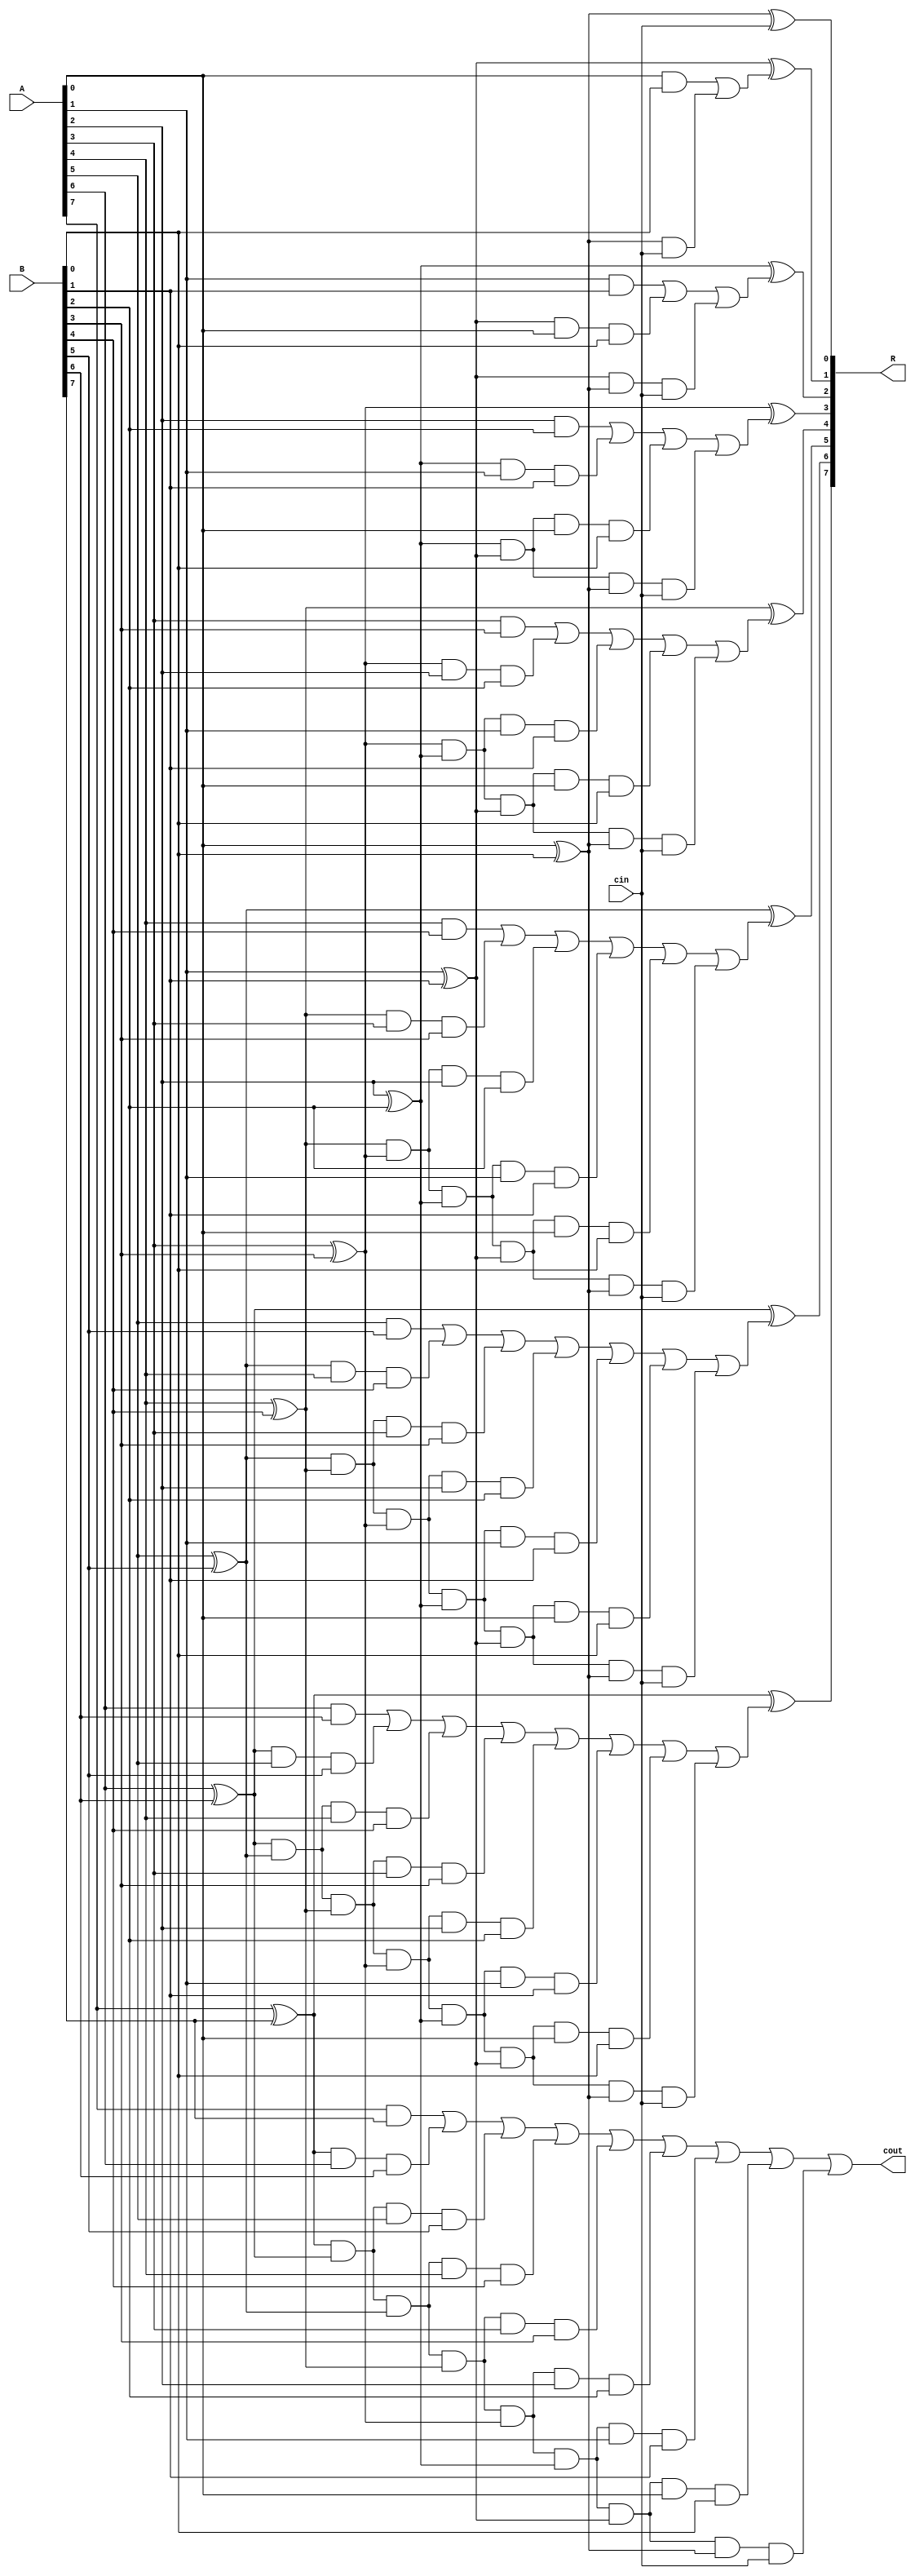
module alt_carry_look_ahead_adder_cin_8
(
input [7:0] A, B,
input cin,
output [7:0] R,
output cout
);
wire p0,  p1,  p2,  p3,  p4,  p5,  p6,  p7; 
wire c0,  c1,  c2,  c3,  c4,  c5,  c6,  c7, c8; 
wire [8:0] c_eight;
wire [7:0] c_seven;
wire [6:0] c_six;
wire [5:0] c_five;
wire [4:0] c_four;
wire [3:0] c_three;
wire [2:0] c_two;
wire [1:0] c_one;

assign p0 = A[0] ^ B[0];
assign p1 = A[1] ^ B[1];
assign p2 = A[2] ^ B[2];
assign p3 = A[3] ^ B[3];
assign p4 = A[4] ^ B[4];
assign p5 = A[5] ^ B[5];
assign p6 = A[6] ^ B[6];
assign p7 = A[7] ^ B[7];


and(c_one[0] , A[0] , B[0]); 
 and(c_one[1] , p0 , cin);
and(c_two[0] , A[1] , B[1]); 
 and(c_two[1] , p1 , A[0] , B[0]); 
 and(c_two[2] , p1 , p0 , cin);
and(c_three[0] , A[2] , B[2]); 
 and(c_three[1] , p2 , A[1] , B[1]); 
 and(c_three[2] , p2 , p1 , A[0] , B[0]); 
 and(c_three[3] , p2 , p1 , p0 , cin);
and(c_four[0] , A[3] , B[3]); 
 and(c_four[1] , p3 , A[2] , B[2]); 
 and(c_four[2] , p3 , p2 , A[1] , B[1]); 
 and(c_four[3] , p3 , p2 , p1 , A[0] , B[0]); 
 and(c_four[4] , p3 , p2 , p1 , p0 , cin);
and(c_five[0] , A[4] , B[4]); 
 and(c_five[1] , p4 , A[3] , B[3]); 
 and(c_five[2] , p4 , p3 , A[2] , B[2]); 
 and(c_five[3] , p4 , p3 , p2 , A[1] , B[1]); 
 and(c_five[4] , p4 , p3 , p2 , p1 , A[0] , B[0]); 
 and(c_five[5] , p4 , p3 , p2 , p1 , p0 , cin);
and(c_six[0] , A[5] , B[5]); 
 and(c_six[1] , p5 , A[4] , B[4]); 
 and(c_six[2] , p5 , p4 , A[3] , B[3]); 
 and(c_six[3] , p5 , p4 , p3 , A[2] , B[2]); 
 and(c_six[4] , p5 , p4 , p3 , p2 , A[1] , B[1]); 
 and(c_six[5] , p5 , p4 , p3 , p2 , p1 , A[0] , B[0]); 
 and(c_six[6] , p5 , p4 , p3 , p2 , p1 , p0 , cin);
and(c_seven[0] , A[6] , B[6]); 
 and(c_seven[1] , p6 , A[5] , B[5]); 
 and(c_seven[2] , p6 , p5 , A[4] , B[4]); 
 and(c_seven[3] , p6 , p5 , p4 , A[3] , B[3]); 
 and(c_seven[4] , p6 , p5 , p4 , p3 , A[2] , B[2]); 
 and(c_seven[5] , p6 , p5 , p4 , p3 , p2 , A[1] , B[1]); 
 and(c_seven[6] , p6 , p5 , p4 , p3 , p2 , p1 , A[0] , B[0]); 
 and(c_seven[7] , p6 , p5 , p4 , p3 , p2 , p1 , p0 , cin);
and(c_eight[0] , A[7] , B[7]); 
 and(c_eight[1] , p7 , A[6] , B[6]); 
 and(c_eight[2] , p7 , p6 , A[5] , B[5]); 
 and(c_eight[3] , p7 , p6 , p5 , A[4] , B[4]); 
 and(c_eight[4] , p7 , p6 , p5 , p4 , A[3] , B[3]); 
 and(c_eight[5] , p7 , p6 , p5 , p4 , p3 , A[2] , B[2]); 
 and(c_eight[6] , p7 , p6 , p5 , p4 , p3 , p2 , A[1] , B[1]); 
 and(c_eight[7] , p7 , p6 , p5 , p4 , p3 , p2 , p1 , A[0] , B[0]); 
 and(c_eight[8] , p7 , p6 , p5 , p4 , p3 , p2 , p1 , p0 , cin);

assign c1 = c_one[0] | c_one[1];
assign c2 = c_two[0] | c_two[1] | c_two[2]; 
assign c3 = c_three[0] | c_three[1] | c_three[2] | c_three[3]; 
assign c4 = c_four[0] | c_four[1] | c_four[2] | c_four[3] | c_four[4];
assign c5 = c_five[0] | c_five[1] | c_five[2] | c_five[3] | c_five[4] | c_five[5];
assign c6 = c_six[0] | c_six[1] | c_six[2] | c_six[3] | c_six[4] | c_six[5] | c_six[6];
assign c7 = c_seven[0] | c_seven[1] | c_seven[2] | c_seven[3] | c_seven[4] | c_seven[5] | c_seven[6] | c_seven[7]; 
assign c8 = c_eight[0] | c_eight[1] | c_eight[2] | c_eight[3] | c_eight[4] | c_eight[5] | c_eight[6] | c_eight[7] | c_eight[8];

assign R[0] = p0 ^ cin;
assign R[1] = p1 ^ c1;
assign R[2] = p2 ^ c2;
assign R[3] = p3 ^ c3;
assign R[4] = p4 ^ c4;
assign R[5] = p5 ^ c5;
assign R[6] = p6 ^ c6;
assign R[7] = p7 ^ c7;
assign cout = c8;

endmodule